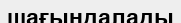
шағындалады